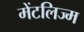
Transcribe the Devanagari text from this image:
मेंटलिज्म